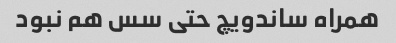
همراه ساندویچ حتی سس هم نبود